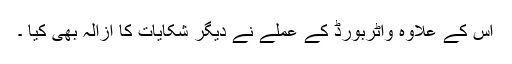
اس کے علاوہ واٹربورڈ کے عملے نے دیگر شکایات کا ازالہ بھی کیا ۔